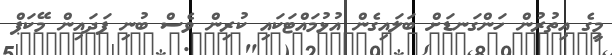
މީގެ އިތުރުން ހަންގަނޑަށް ބަލައިގެން އުޅުމައްޓަކައި ކުރިން ވެސް ބުނި ފަދައިން މޭކަޕް